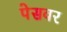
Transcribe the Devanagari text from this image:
पेसवर